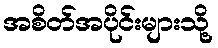
အစိတ်အပိုင်းများသို့